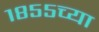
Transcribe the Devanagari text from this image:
१८५५च्या